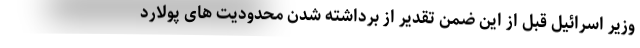
وزیر اسرائیل قبل از این ضمن تقدیر از برداشته شدن محدودیت های پولارد